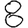
Digit: 8